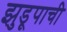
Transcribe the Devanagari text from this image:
झुडूपाची